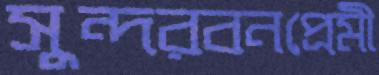
সুন্দরবনপ্রেমী